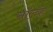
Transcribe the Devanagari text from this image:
सॉल्व्हे